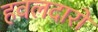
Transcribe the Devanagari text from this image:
हवलदारों